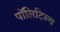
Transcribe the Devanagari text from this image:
पॉलिटिस्च